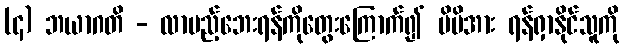
(၄) ဘယာဂတိ - လာမည့်ဘေးရန်ကိုတွေးကြောက်၍ မိမိအား ရန်ရှာနိုင်သူကို